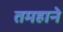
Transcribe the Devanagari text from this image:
तमहाने